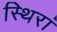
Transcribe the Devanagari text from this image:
स्थिरां